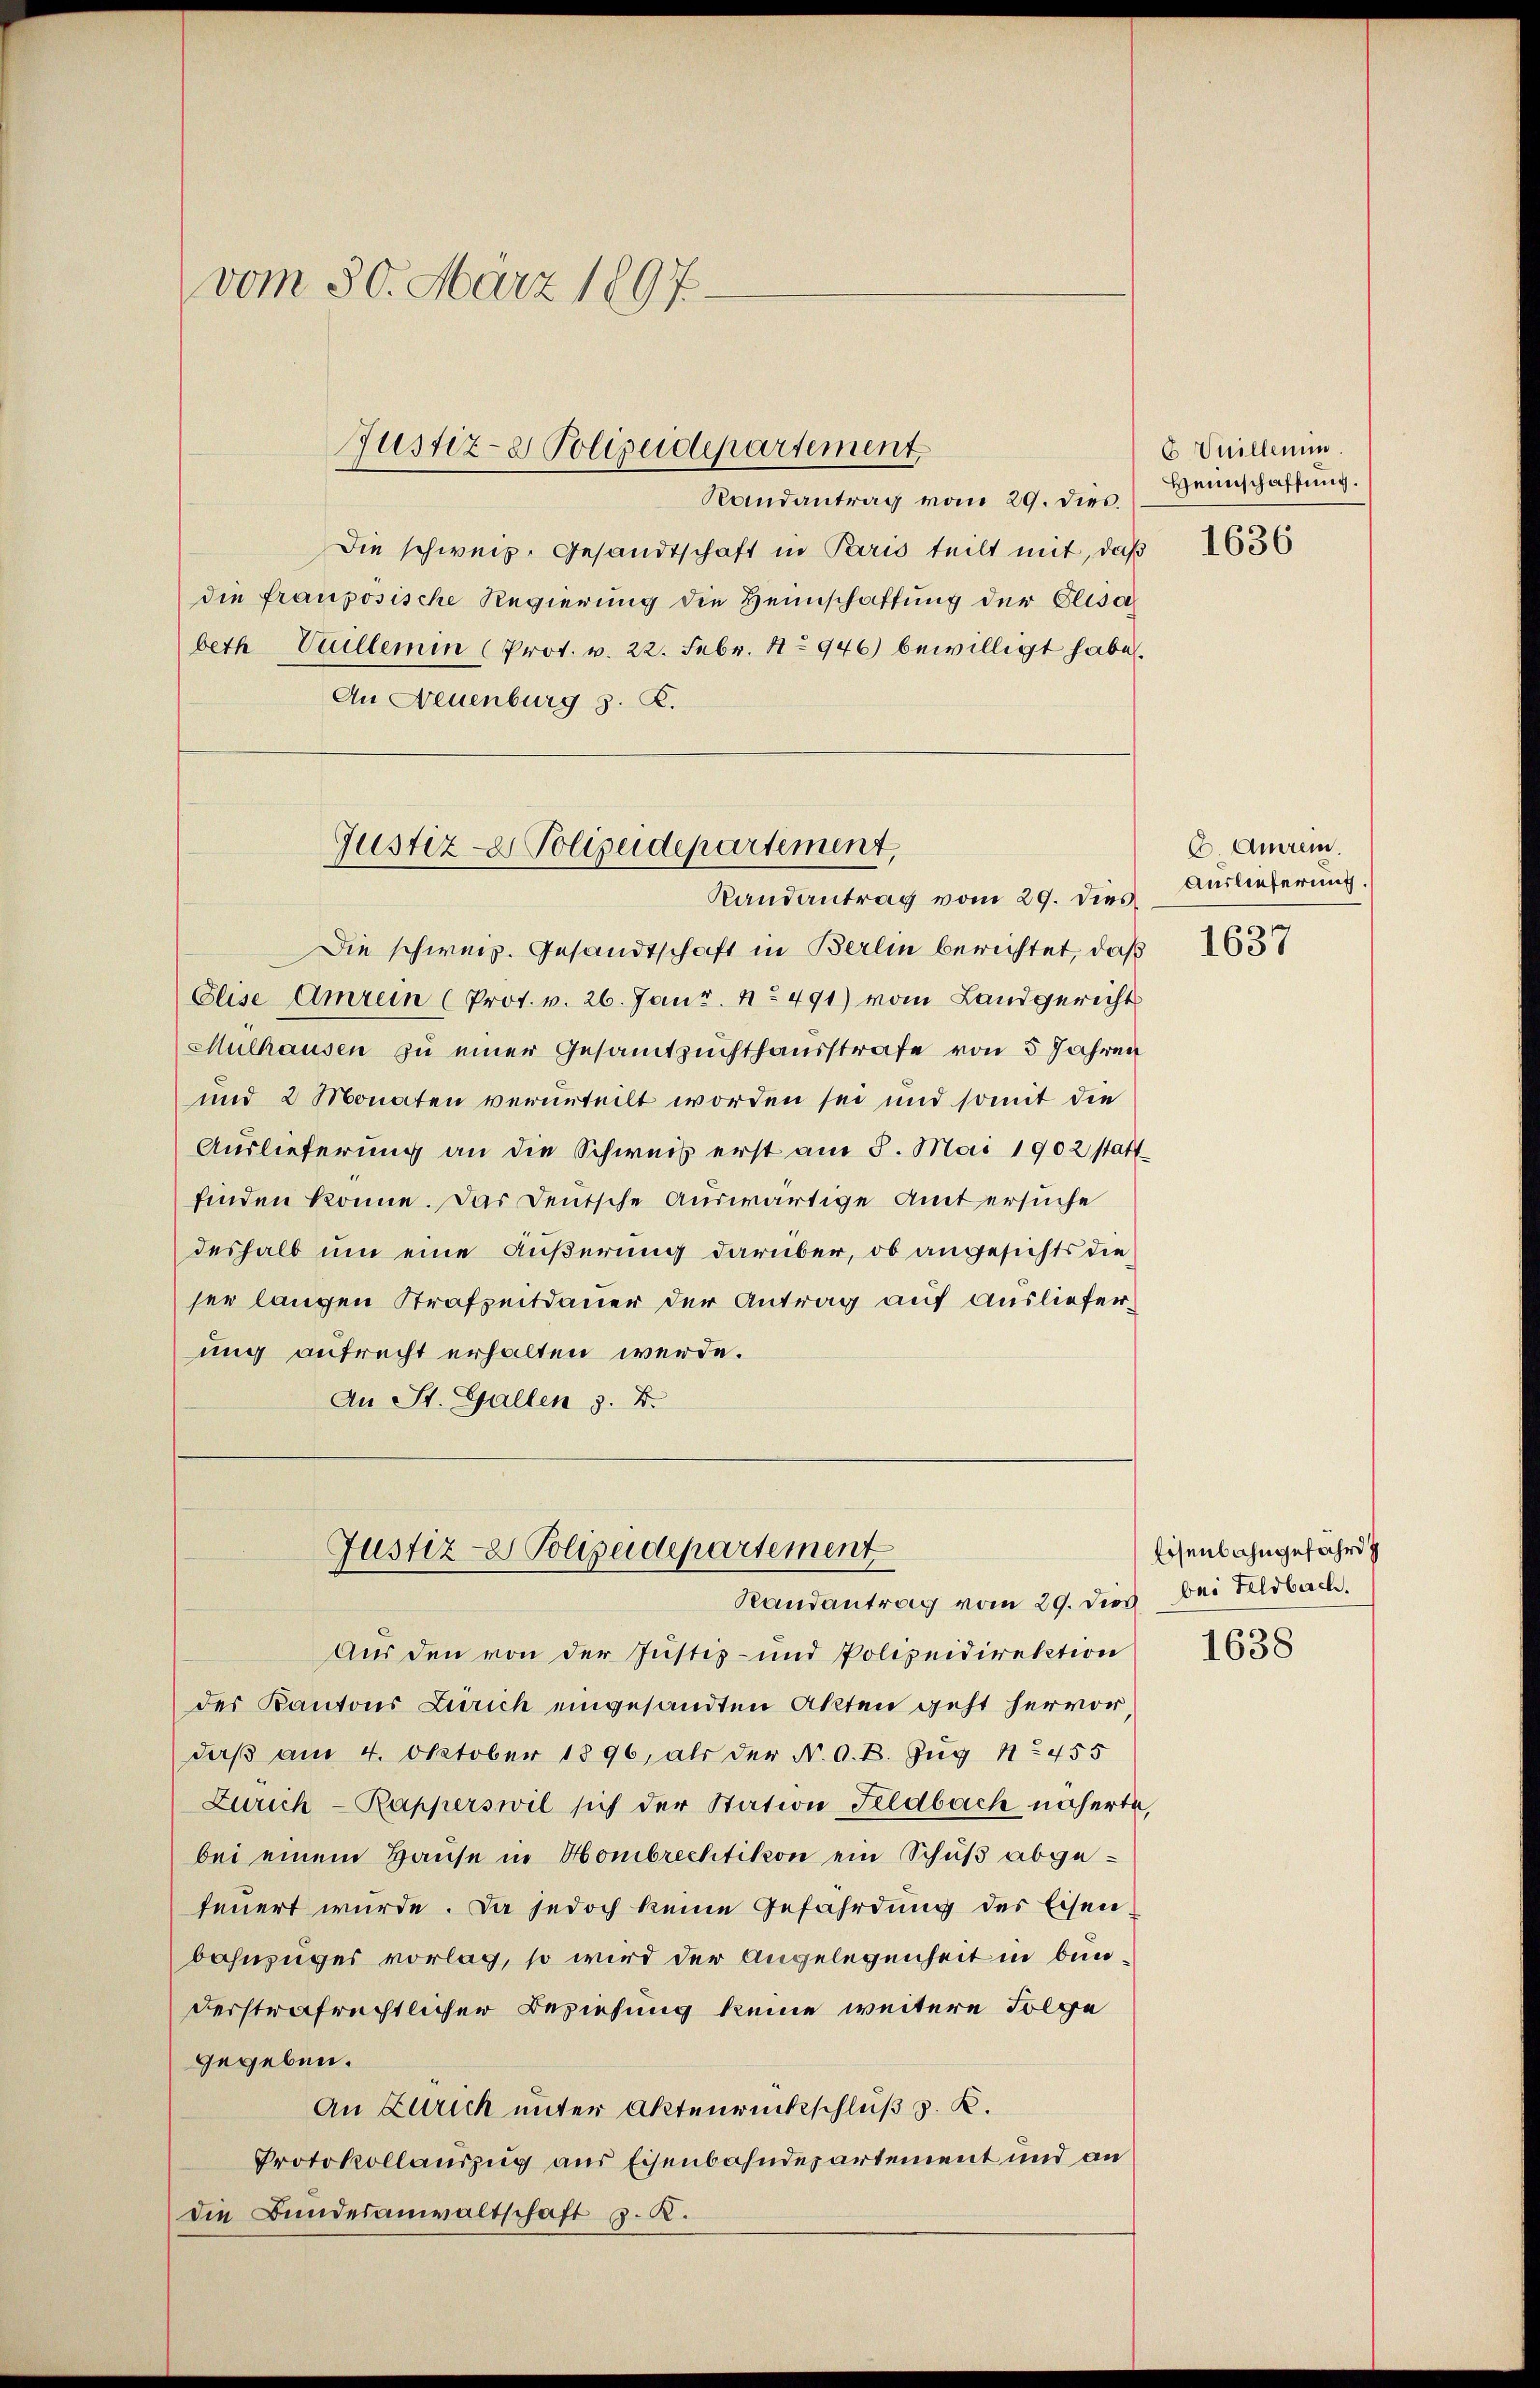
vom 30. März 1897.

Justiz- & Polizeidepartement

Die schweiz. Gesandtschaft in Paris teilt mit, daß 1636
die französische Regierung die Heinschaftung der Elisa
beth Vuillemin (Prot. v. 22. Febr. No 946) bewilligt habe.
An Neuenburg s. R.

Gustiz- & Polizeidepartement,
Randantrag vom 29. dies

Die schweiz. Gesandtschaft in Berlin berichtet, daß
Elise Amrein (Prot. v. 26. Janz. No 491) vom Landgericht
Mulhausen zu einer Gesamtzuchthausstrafe von 5 Jahren
und 2 Monaten verunteilt worden sei und somit die
Auslieferung an die Schweis erst am 3. Mai 1902 statt
finden könne. Das Deutsche Auswärtige Amt ersuche
deshalb um eine Äußerung darüber, ob angesichts die
ser langen Strafzeitdauer der Antrag auf Ausliefer,
ung aufrecht erhalten werde.
An St. Gallen 3. B.
Aus den von der Justiz- und Polizeidirektion
der Kantons Zürich eingesandten Akten geht hervor,
daß am 4. Oktober 1896, als der N. O. B. Zug No 455
Zürich-Rapperswil sich der Station Feldbach näherte
bei einem Hause in Hombrechtikon ein Schuß abgefeuert wurde. Da jedoch keine Gefährdung des Eisen
bahnzuges vorlag, so wird der Angelegenheit in bunderstrafrechtlicher Beziehung keine weitere Folge
gegeben.
An Zürich unter Aktenrückschluß z. B.
Protokollauszug aus Eisenbahndepartement und an
die Bundesanwaltschaft 3. K.

Randantrag vom 29. dies.

Justiz- & Polizeidepartement
Randantrag vom 29. dies bei Feldbach.

6 Vuillenm
Heimschaffung.

C. Ausein.
Auslieferung.
1637

Eisenbahngefährd

1638